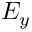
E _ { y }